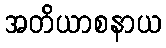
အတိယာစနာယ